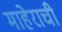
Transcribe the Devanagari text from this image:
माहेराची